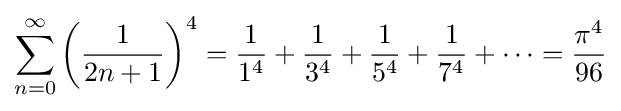
\sum _{n=0}^{\infty }\left({\frac {1}{2n+1}}\right)^{4}={\frac {1}{1^{4}}}+{\frac {1}{3^{4}}}+{\frac {1}{5^{4}}}+{\frac {1}{7^{4}}}+\cdots ={\frac {\pi ^{4}}{96}}